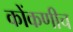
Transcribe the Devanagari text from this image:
कोंकणीच